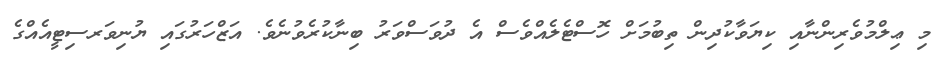
މި ޢިލްމުވެރިންނާއި ކިޔަވާކުދިން ތިބުމަށް ހޮސްޓެލެއްވެސް އެ ދުވަސްވަރު ބިނާކުރެވުނެވެ. އަޒްހަރުގައި ޔުނިވަރސިޓީއެއްގެ